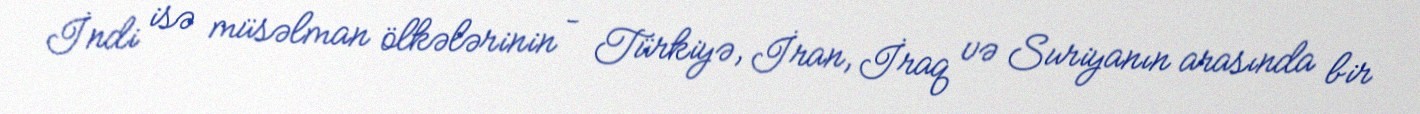
İndi isə müsəlman ölkələrinin – Türkiyə, İran, İraq və Suriyanın arasında bir